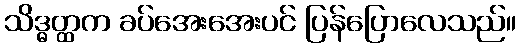
သိဒ္ဓတ္ထက ခပ်အေးအေးပင် ပြန်ပြောလေသည်။